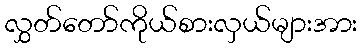
လွှတ်တော်ကိုယ်စားလှယ်များအား